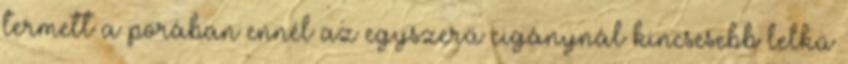
termett a porában ennél az egyszerű cigánynál kincsesebb lelkű